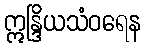
ဣန္ဒြိယသံဝရေန